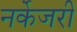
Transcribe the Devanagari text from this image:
नर्केजरी